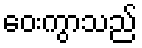
ဝေးကွာသည်